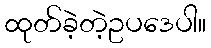
ထုတ်ခဲ့တဲ့ဥပဒေပါ။